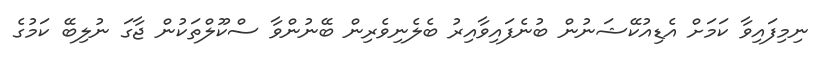
ނިމިފައިވާ ކަމަށް އެޑިއުކޭޝަނުން ބުނެފައިވާއިރު ބެލެނިވެރިން ބޭނުންވާ ސްކޫލްތަކުން ޖާގަ ނުލިބޭ ކަމުގެ